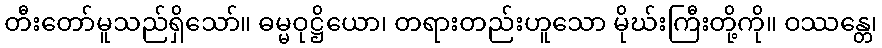
တီးတော်မူသည်ရှိသော်။ ဓမ္မဝုဋ္ဌိယော၊ တရားတည်းဟူသော မိုဃ်းကြီးတို့ကို။ ဝဿန္တေ၊